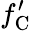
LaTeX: f_{\mathrm{C}}^{\prime}